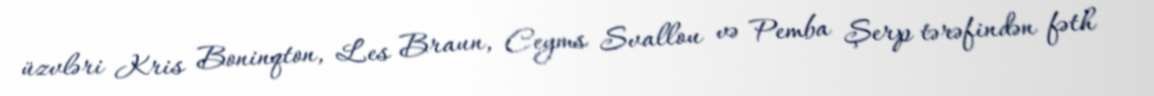
üzvləri Kris Boninqton, Les Braun, Ceyms Svallou və Pemba Şerp tərəfindən fəth